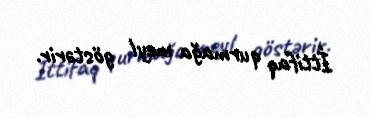
İttifaq qurmağa meyl göstərir.